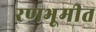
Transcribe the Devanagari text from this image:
रणभूमीत